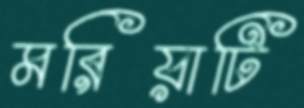
মরিয়াটি